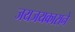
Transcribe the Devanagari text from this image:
जयजयकाराने